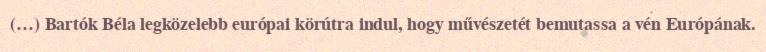
(…) Bartók Béla legközelebb európai körútra indul, hogy művészetét bemutassa a vén Európának.